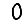
Digit: 0